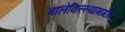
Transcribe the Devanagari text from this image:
बालेकिल्ल्यामागील